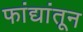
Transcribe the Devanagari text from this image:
फांद्यांतून